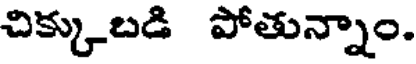
చిక్కుబడి పోతున్నాం.